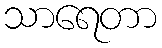
သာရေတာ